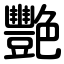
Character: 艷